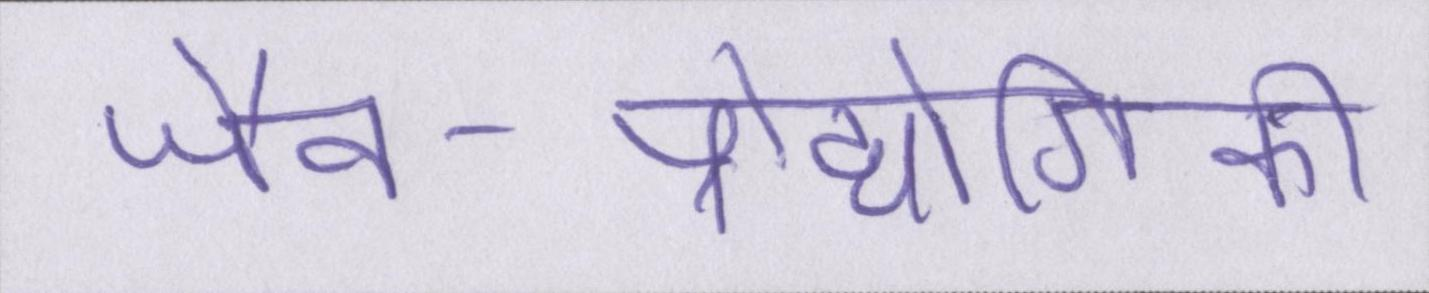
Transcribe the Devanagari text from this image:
जैव-प्रौद्योगिकी